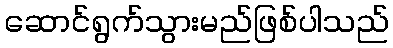
ဆောင်ရွက်သွားမည်ဖြစ်ပါသည်